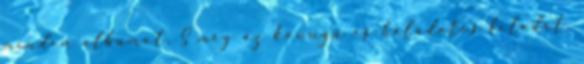
minden albumot. S még az könnyű és háládatos feladat,